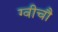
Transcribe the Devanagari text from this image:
ग्वीचौ